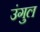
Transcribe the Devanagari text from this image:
उंगुल